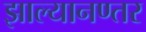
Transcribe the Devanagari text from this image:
झाल्यानण्तर